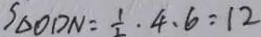
S _ { \Delta O D N } = \frac { 1 } { 2 } \cdot 4 . 6 : 1 2